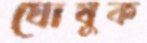
ঘোষুক